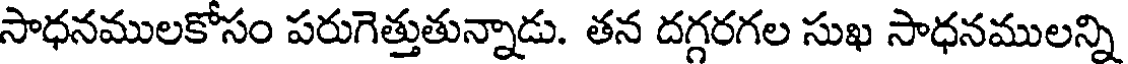
సాధనములకోసం పరుగెత్తుతున్నాడు. తన దగ్గరగల సుఖ సాధనములన్ని